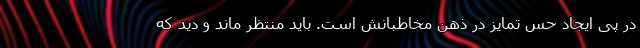
در پی ایجاد حس تمایز در ذهن مخاطبانش است. باید منتظر ماند و دید که